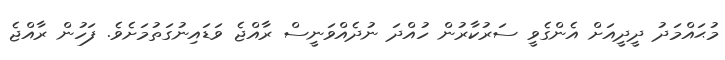
މުޙައްމަދު ދީދީއަށް އެންގެވީ ސަރުކާރުން ހުއްދަ ނުދެއްވަނީސް ރާއްޖެ ވަޑައިނުގަތުމަށެވެ. ފަހުން ރާއްޖެ